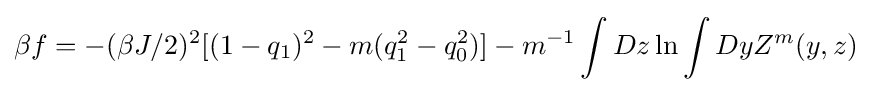
\beta {f}=-(\beta {J}/2)^{2}[(1-q_{1})^{2}-m(q_{1}^{2}-q_{0}^{2})]-m^{-1}\int Dz\ln \int DyZ^{m}(y,z)